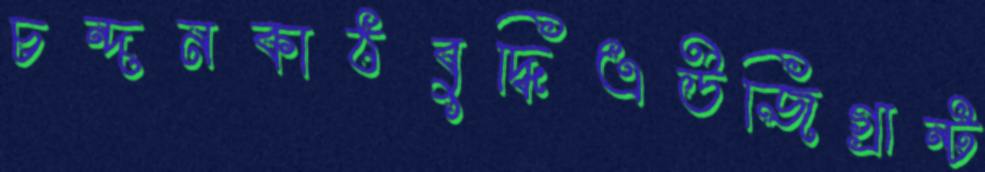
চন্দনকাঠবুদ্ধিএউজিগ্রান্ট